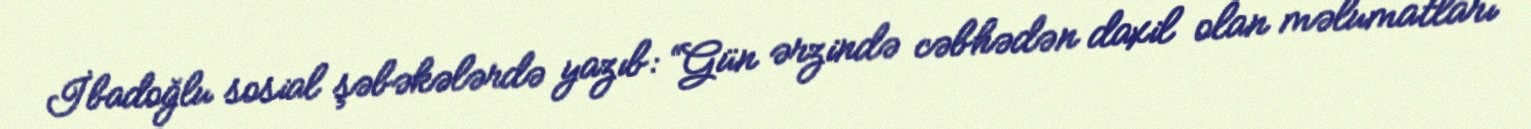
İbadoğlu sosial şəbəkələrdə yazıb: “Gün ərzində cəbhədən daxil olan məlumatları